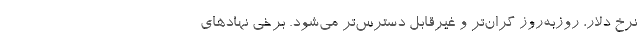
نرخ دلار، روزبه‌روز گران‌تر و غیرقابل دسترس‌تر می‌شود. برخی نهادهای